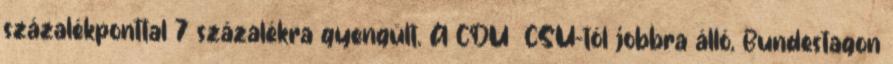
százalékponttal 7 százalékra gyengült. A CDU CSU-tól jobbra álló, Bundestagon